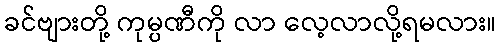
ခင်ဗျားတို့ ကုမ္ပဏီကို လာ လေ့လာလို့ရမလား။